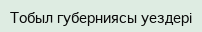
Тобыл губерниясы уездері